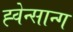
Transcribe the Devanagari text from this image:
ह्वेन्सान्ग